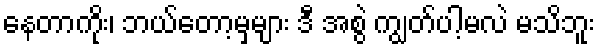
နေတာကိုး၊ ဘယ်တော့မှများ ဒီ အစွဲ ကျွတ်ပါ့မလဲ မသိဘူး